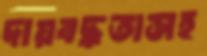
দায়বদ্ধতাসহ